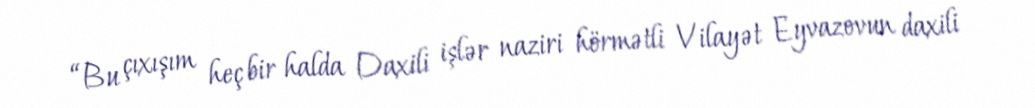
“Bu çıxışım heç bir halda Daxili işlər naziri hörmətli Vilayət Eyvazovun daxili